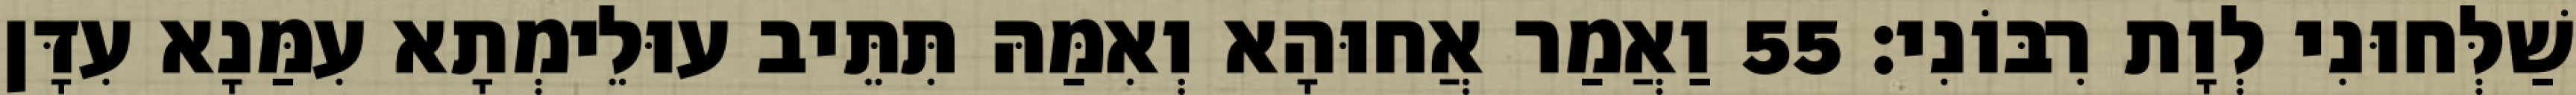
שַׁלְּחוּנִי לְוָת רִבּוֹנִי׃ 55 וַאֲמַר אֲחוּהָא וְאִמַּהּ תִּתֵּיב עוּלֵימְתָא עִמַּנָא עִדָּן